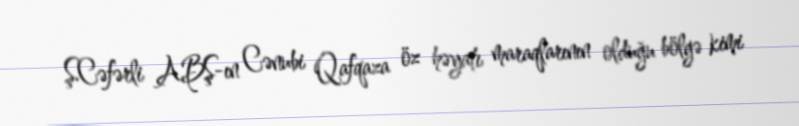
Ş.Cəfərli ABŞ-ın Cənubi Qafqaza öz həyatı maraqlarının olduğu bölgə kimi